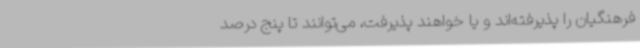
فرهنگیان را پذیرفته‌اند و یا خواهند پذیرفت، می‌توانند تا پنج درصد